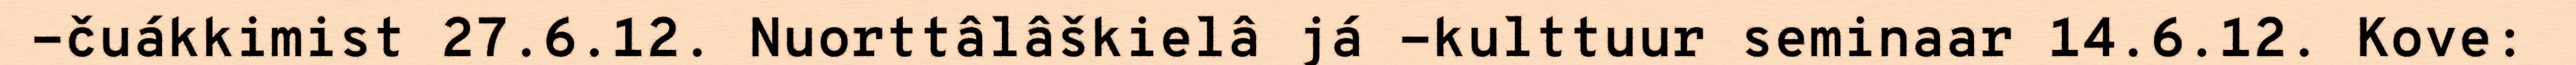
-čuákkimist 27.6.12. Nuorttâlâškielâ já -kulttuur seminaar 14.6.12. Kove: